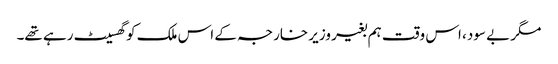
مگر بے سود، اس وقت ہم بغیر وزیر خارجہ کے اس ملک کو گھسیٹ رہے تھے۔